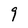
Character: 9